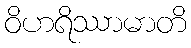
ဝိဟရိဿာမာတိ